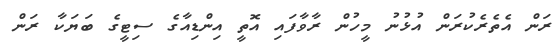
ރަން އެތެރެކުރަން އުޅުނު މީހުން ރާވާފައި އޮތީ އިންޑިއާގެ ސިޓީގެ ބަޔަކާ ރަން